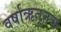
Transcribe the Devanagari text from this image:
वर्षाऋतूतच